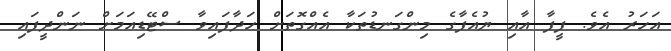
އަހަރު އެވެ. ފީފާ އާއި ޔުއެފާގެ މިންގަނޑުތަކާ އެއްގޮތަށް ހަދާފައިވާ ސްޓޭޑިއަމަށް ނަންދީފައި